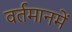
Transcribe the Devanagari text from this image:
वर्तमानमें